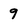
Character: 9